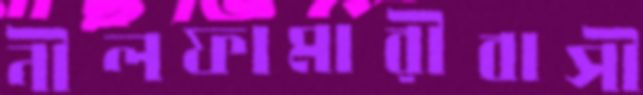
নীলফামারীবাসী